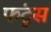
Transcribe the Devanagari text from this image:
फंटूस